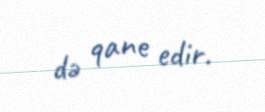
də qane edir.